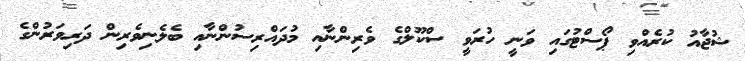
ޝުޖާއު ކުރެއްވި ޕޯސްޓުގައި ވަނީ ހުރަވީ ސްކޫލްގެ ވެރިންނާއި މުދައްރިސުންނާއި ބެލެނިވެރިން ދަރިވަރުންގެ